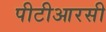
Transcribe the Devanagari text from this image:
पीटीआरसी